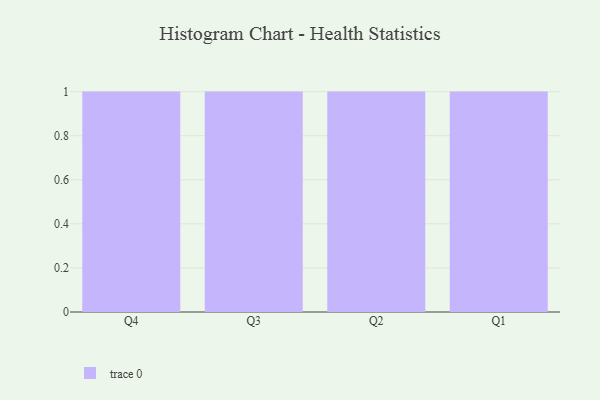
{"axis": {"x": "Quarter", "y": "Population (Million)"}, "legend": [""], "data": [{"x": "Q4", "y": 27, "type": ""}, {"x": "Q3", "y": 68, "type": ""}, {"x": "Q2", "y": 89, "type": ""}, {"x": "Q1", "y": 85, "type": ""}]}